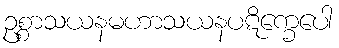
ဥစ္စာသယနမဟာသယနပဋိက္ခေပေါ